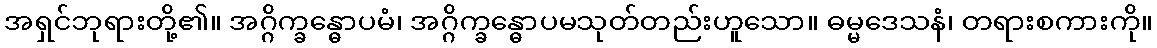
အရှင်ဘုရားတို့၏။ အဂ္ဂိက္ခန္ဓောပမံ၊ အဂ္ဂိက္ခန္ဓောပမသုတ်တည်းဟူသော။ ဓမ္မဒေသနံ၊ တရားစကားကို။